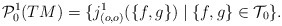
\begin{align*}\mathcal{P}^1_0(TM)&=\{j^1_{(o,o)}(\{f,g\})\mid\{f,g\}\in\mathcal{T}_0\}.\end{align*}